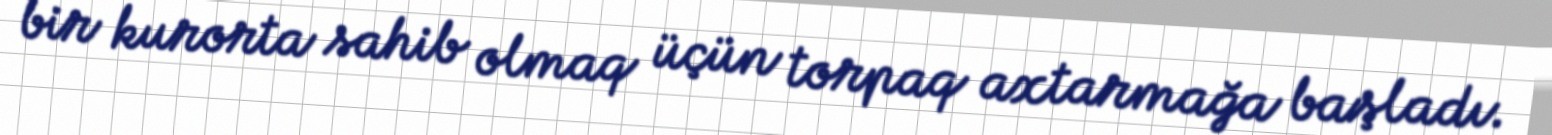
bir kurorta sahib olmaq üçün torpaq axtarmağa başladı.